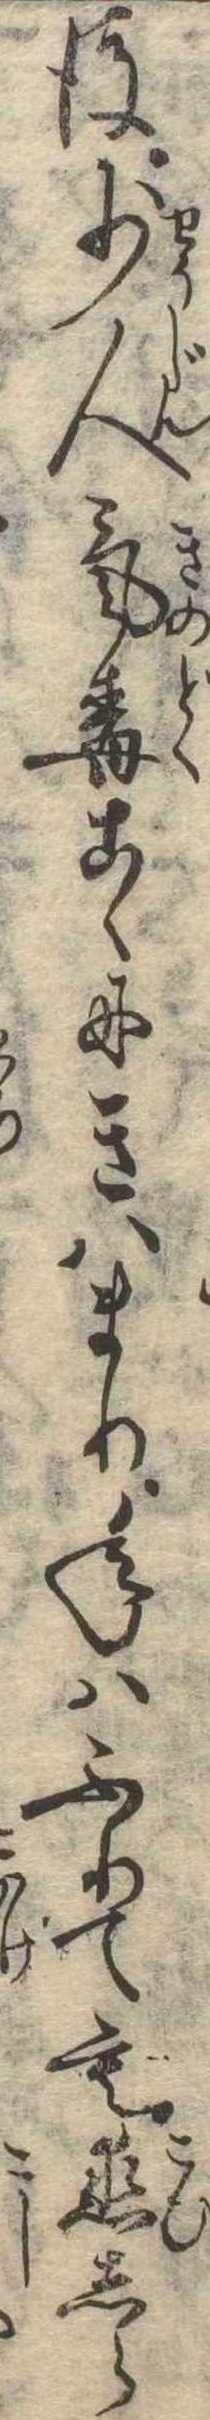
後少人気毒こゝにきはまり年はふりても恋しら